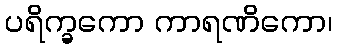
ပရိက္ခကော ကာရဏိကော၊